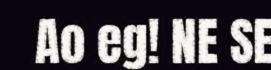
Ao eg! NE SE